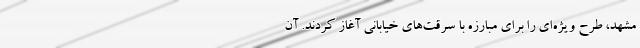
مشهد، طرح ویژه‌ای را برای مبارزه با سرقت‌های خیابانی آغاز کردند. آن